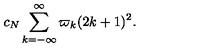
c _ { N } \sum _ { k = - \infty } ^ { \infty } \varpi _ { k } ( 2 k + 1 ) ^ { 2 } .